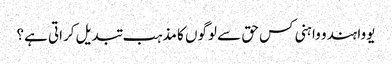
یووا ہندو واہنی کس حق سے لوگوں کا مذہب تبدیل کراتی ہے؟